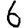
Digit: 6